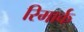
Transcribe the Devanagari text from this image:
रिमार्क